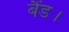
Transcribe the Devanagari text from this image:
बैंड।